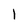
Character: l